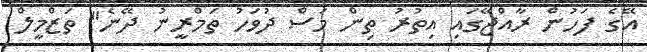
އޭގެ ފަހުން ރާއްޖޭގައި އިތުރު ތިން މަސް ދުވަހު ތަމްރީނު ދޭނެ" ތަޒްމީލް